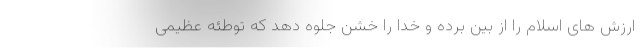
ارزش های اسلام را از بین برده و خدا را خشن جلوه دهد که توطئه عظیمی